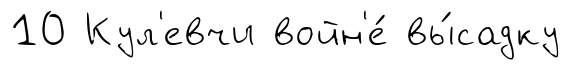
10 Кул'евчи войн'е́ вы́садку